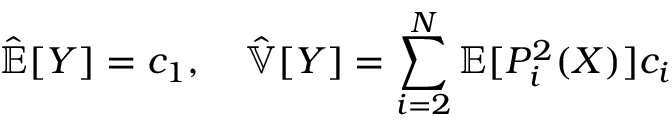
\hat { \mathbb { E } } [ Y ] = c _ { 1 } , \quad \hat { \mathbb { V } } [ Y ] = \sum _ { i = 2 } ^ { N } \mathbb { E } [ P _ { i } ^ { 2 } ( X ) ] c _ { i }